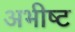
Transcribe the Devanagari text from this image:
अभीष्‍ट